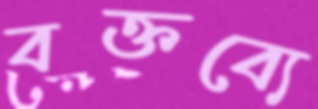
বক্তব্যে